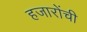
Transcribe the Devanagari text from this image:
हजारोंची